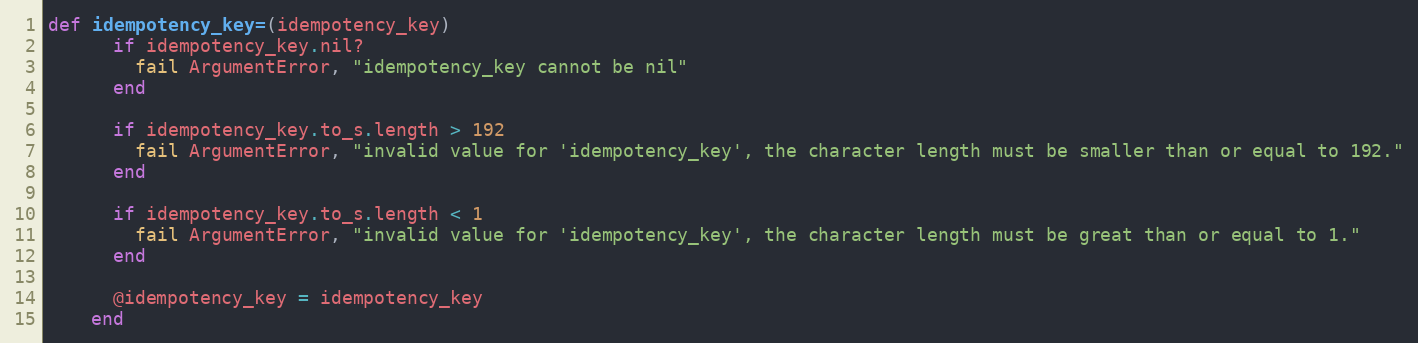
Language: Ruby
def idempotency_key=(idempotency_key)
      if idempotency_key.nil?
        fail ArgumentError, "idempotency_key cannot be nil"
      end

      if idempotency_key.to_s.length > 192
        fail ArgumentError, "invalid value for 'idempotency_key', the character length must be smaller than or equal to 192."
      end

      if idempotency_key.to_s.length < 1
        fail ArgumentError, "invalid value for 'idempotency_key', the character length must be great than or equal to 1."
      end

      @idempotency_key = idempotency_key
    end